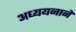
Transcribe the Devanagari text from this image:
अध्ययनानें